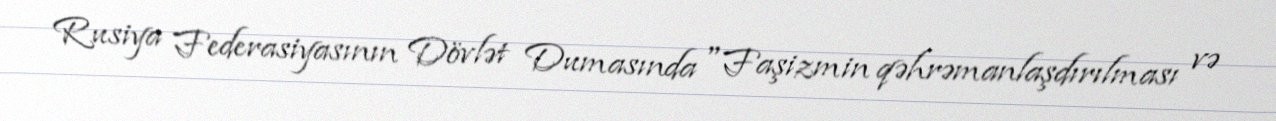
Rusiya Federasiyasının Dövlət Dumasında "Faşizmin qəhrəmanlaşdırılması və